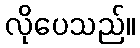
လိုပေသည်။